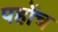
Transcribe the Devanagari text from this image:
पहोंच